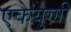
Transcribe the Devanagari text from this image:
एकयुग्गी